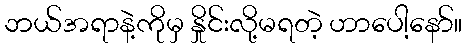
ဘယ်အရာနဲ့ကိုမှ နှိုင်းလို့မရတဲ့ ဟာပေါ့နော်။